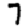
Digit: 7